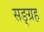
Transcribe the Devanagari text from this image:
सङ्ग्रह